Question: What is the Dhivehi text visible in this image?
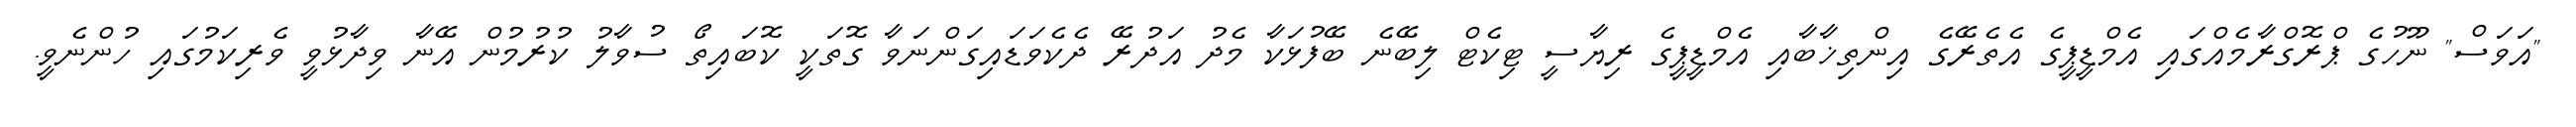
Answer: "އަވަސް" ނޫހުގެ ޕްރޮގްރާމެއްގައި އެމްޑީޕީގެ އެތެރޭގެ އިންތިޚާބާއި އެމްޑީޕީގެ ރިޔާސީ ޓިކެޓް ލިބޭނެ ބޭފުޅަކާ މެދު އަދުރޭ ދެކެވަޑައިގަންނަވާ ގޮތަކީ ކޮބައިތޯ ސުވާލު ކުރުމުން އޭނާ ވިދާޅުވީ ވެރިކަމުގައި ހުންނެވީ.